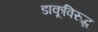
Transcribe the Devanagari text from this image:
डाकूविरुद्ध